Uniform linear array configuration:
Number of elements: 4
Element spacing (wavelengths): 1
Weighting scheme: blackman
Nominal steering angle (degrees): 45
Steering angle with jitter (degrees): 45.931
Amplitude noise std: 0.05
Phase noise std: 0.05

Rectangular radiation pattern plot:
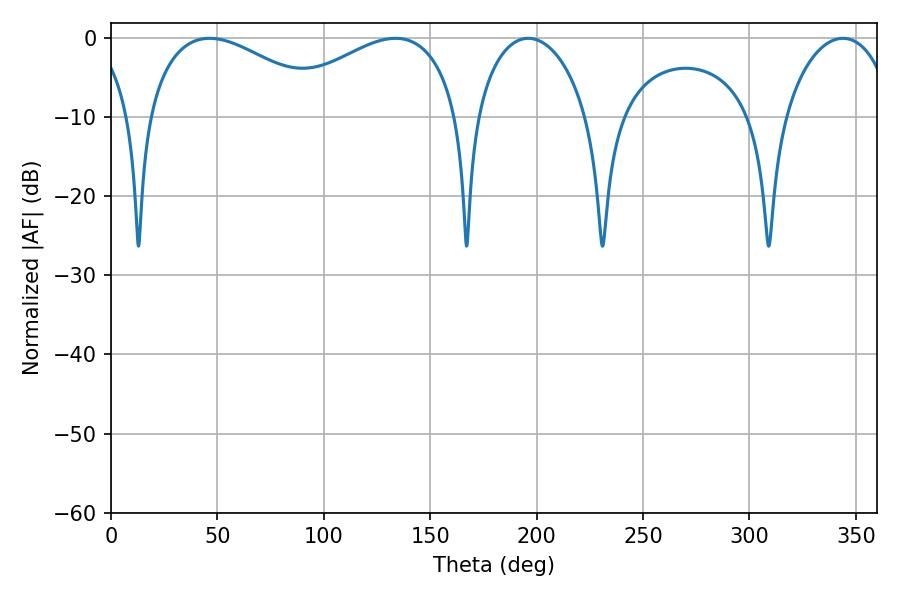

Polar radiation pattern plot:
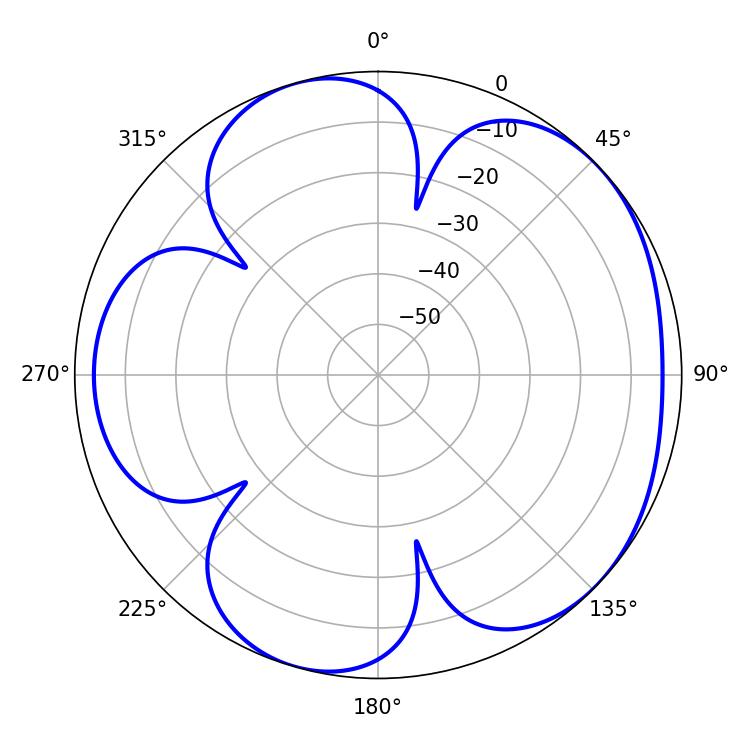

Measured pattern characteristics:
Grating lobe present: TRUE
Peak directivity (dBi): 4.839
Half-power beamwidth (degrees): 30.06
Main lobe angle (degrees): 196.02